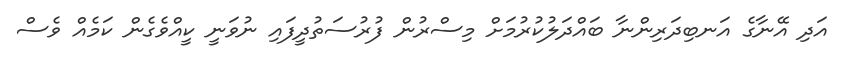
އަދި އޭނާގެ އަނބިދަރިންނާ ބައްދަލުކުރުމަށް މިސްރުން ފުރުސަތުދީފައި ނުވަނީ ކީއްވެގެން ކަމެއް ވެސް